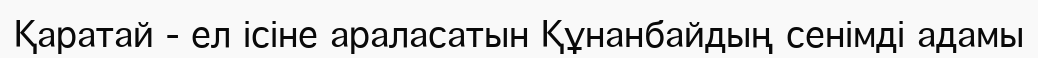
Қаратай - ел ісіне араласатын Құнанбайдың сенімді адамы